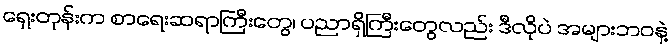
ရှေးတုန်းက စာရေးဆရာကြီးတွေ၊ ပညာရှိကြီးတွေလည်း ဒီလိုပဲ အများဘဝနဲ့